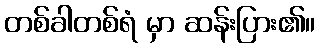
တစ်ခါတစ်ရံ မှာ ဆန်းပြား၏။